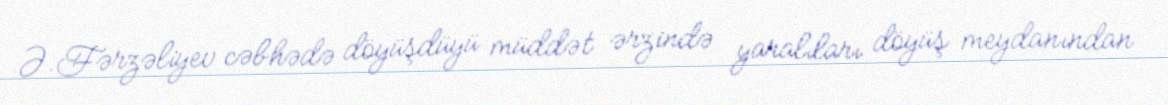
Ə.Fərzəliyev cəbhədə döyüşdüyü müddət ərzində yaralıları döyüş meydanından